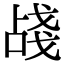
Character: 𢧗